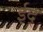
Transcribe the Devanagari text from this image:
ईद्